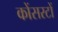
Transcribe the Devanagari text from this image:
कोंसरटों